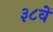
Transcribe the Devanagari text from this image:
३८वें